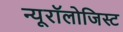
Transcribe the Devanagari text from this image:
न्यूरॉलोजिस्ट